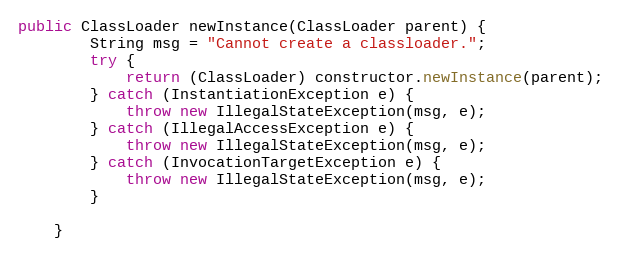
Language: Java
public ClassLoader newInstance(ClassLoader parent) {
        String msg = "Cannot create a classloader.";
        try {
            return (ClassLoader) constructor.newInstance(parent);
        } catch (InstantiationException e) {
            throw new IllegalStateException(msg, e);
        } catch (IllegalAccessException e) {
            throw new IllegalStateException(msg, e);
        } catch (InvocationTargetException e) {
            throw new IllegalStateException(msg, e);
        }

    }